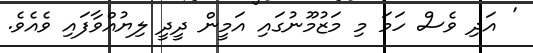
' އަދި ވެސް ހަމަ މި މަޒުމޫނުގައި އަމީން ދީދީ ލިޔުއްވާފައި ވެއެވެ.